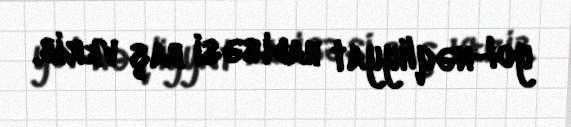
yol-nəqliyyat hadisəsi baş verib.